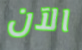
الآن